Civil Veterinary Department Bihar & Orissa reports 1929-36 - 1929-1936
Year: 1929
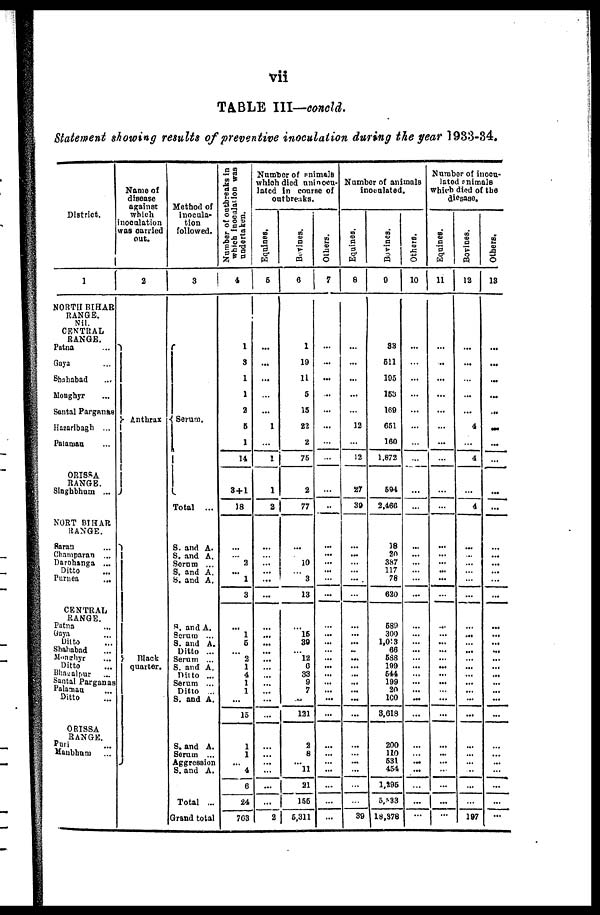
vii
TABLE III—concld.
Statement showing results of preventive inoculation during the year 1933-34.
District.
1
NORTH BIHAR
RANGE.
Nil.
CENTRAL
RANGE.
Patna ...
Gaya ...
Shahabad ...
Monghyr ...
Santal Parganas
Hazaribagh ...
Palamau ...
ORISSA
RANGE.
Singhbhum ...
NORT BIHAR
RANGE.
Saran ...
Champaran ...
Darbhanga ...
Ditto
Purnea ...
CENTRAL
RANGE.
Patna ...
Gaya ...
Ditto ...
Shahabad ...
Monghyr ...
Ditto
Bhagalpur ...
Santal Parganas
Palamau ...
Ditto ...
ORISSA
RANGE.
Puri ...
Manbhum ...
Name of
disease
against
which
inoculation
was carried
out.
2
Anthrax
Black
quarter.
Method of
inocula-
tion
followed.
3
Serum.
Total ...
S. and A.
S. and A.
Serum ...
S. and A.
S. and A.
S. and A.
Serum ...
S. and A.
Ditto ...
Serum ...
S. and A.
Ditto ...
Serum ...
Ditto ...
S. and A.
S. and A.
Serum ...
Aggression
S. and A.
Total ...
Grand total
Number of outbreaks in
which inoculation was
undertaken.
4
1
3
1
1
2
6
1
14
3 + 1
18
...
... 2
... 1
3
...
1
5
2
1
4
1
1
...
15
1
1
4
6
24
763
Number of animals
which died uninocu-
lated in course of
outbreaks.
Equines.
5
...
...
...
...
...
1
...
1
1
2
...
... ...
...
...
...
... ...
...
...
...
...
...
...
... ...
...
...
... ...
...
...
...
2
Bovines.
6
1
19
11
5
15
22
2
75
2
77
...
... 10
... 3
13
... 15
39
... 12
6
33
9
7
...
131
2
8
... 11
21
155
5,311
Others.
7
...
...
...
...
...
...
...
...
...
...
...
...
...
...
...
...
...
...
...
...
...
...
...
...
... ...
...
...
...
... ...
...
...
...
Number of animals
inoculated.
Equines.
8
...
...
...
...
...
12
...
12
27
39
...
...
...
...
...
...
...
...
..
...
...
...
...
...
...
...
... ...
...
...
...
39
Bovines.
9
33
511
195
153
169
651
160
1.872
594
2,460
18
20
387
117
78
620
589
300
1,013
66
588
199
544
199
20
100
3,618
200
110
531
454
1,295
5,533
1 18,378
Others.
10
...
...
...
...
...
...
...
...
...
...
...
...
...
...
...
...
...
...
... ...
...
...
...
... ...
...
...
...
...
Number of inocu-
lated animals
which died of the
diesase.
Equines.
11
...
...
...
...
...
...
...
...
...
...
...
...
...
...
...
...
...
...
...
...
...
...
...
...
...
...
...
...
...
... ...
...
...
...
Bovines.
12
...
...
...
...
...
4
...
4
...
4
...
...
...
...
... ...
... ...
...
...
... ...
... ...
...
...
... ...
...
...
...
197
Others.
13
...
...
...
...
...
...
...
...
...
...
...
...
...
...
...
...
...
...
...
...
... ...
...
...
...
...
...
... ...
...
...
...
...
...